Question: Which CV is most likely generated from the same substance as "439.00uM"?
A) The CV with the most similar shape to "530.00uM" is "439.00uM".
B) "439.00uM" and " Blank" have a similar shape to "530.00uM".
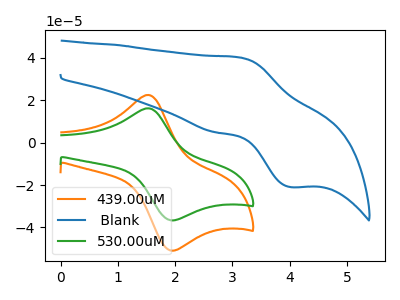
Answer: <think>The orange curve "439.00uM" has an anodic peak at (1.50V, 22.50uA) and a cathodic peak at (1.90V, -50.90uA). The blue curve " Blank" has an anodic peak at (3.10V, 40.25uA) and a cathodic peak at (4.00V, -21.00uA). The green curve "530.00uM" has an anodic peak at (1.50V, 16.20uA) and a cathodic peak at (1.90V, -36.60uA).
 "439.00uM" and " Blank" have at least one peak that do not match. All the peaks in "439.00uM" have a peak in "530.00uM" at the same potential. Every peak in "439.00uM" is higher than every peak in "530.00uM". " Blank" and "530.00uM" have at least one peak that do not match.</think>
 <answer>A) The CV with the most similar shape to "530.00uM" is "439.00uM".</answer>
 <eval>A</eval>